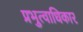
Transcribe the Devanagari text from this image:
प्रभुत्वाधिकार